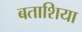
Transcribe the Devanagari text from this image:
बताशिया